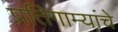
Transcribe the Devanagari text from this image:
प्रतिगाम्यांचे